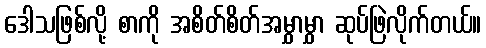
ဒေါသဖြစ်လို့ စာကို အစိတ်စိတ်အမွှာမွှာ ဆုပ်ဖြဲလိုက်တယ်။